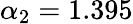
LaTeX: \alpha_{2}=1.395